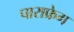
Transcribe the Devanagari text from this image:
पाराफ्रेग